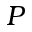
P